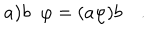
a \mathbf { ) } b \; \; \varphi = ( a \varphi ) b \quad .